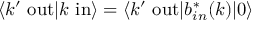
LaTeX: \langle k ^ { \prime } \ \mathrm { o u t } | k \ \mathrm { i n } \rangle = \langle k ^ { \prime } \ \mathrm { o u t } | b _ { i n } ^ { * } ( k ) | 0 \rangle